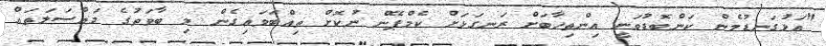
"އަޅުގަނޑުމެން ކަންބޮޑުވަނީ އިންތިހާބަށް ރަނގަޅަށް ކެމްޕޭން ނުކޮށް ތިއްބަވައިގެން މި ބާވަތުގެ މައްސަލަތައް